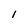
Character: l